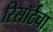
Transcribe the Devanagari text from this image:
रिसॉर्टचा